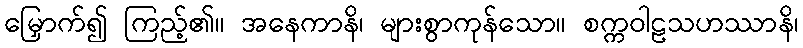
မြှောက်၍ ကြည့်၏။ အနေကာနိ၊ များစွာကုန်သော။ စက္ကဝါဠသဟဿာနိ၊